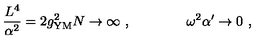
{ \frac { L ^ { 4 } } { \alpha ^ { 2 } } } = 2 g _ { \mathrm { Y M } } ^ { 2 } N \rightarrow \infty \ , \qquad \qquad \omega ^ { 2 } \alpha ^ { \prime } \rightarrow 0 \ ,